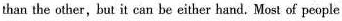
than the other,but it can be either hand.Most of people